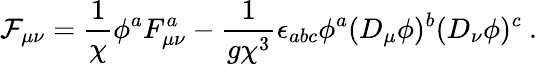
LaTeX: {\cal F}_{\mu\nu}=\frac{1}{\chi}\phi^{a}F_{\mu\nu}^{a}-\frac{1}{g\chi^{3}}\epsilon_{abc}\phi^{a}(D_{\mu}\phi)^{b}(D_{\nu}\phi)^{c}\ .